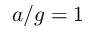
a / g = 1